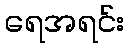
ရေအရင်း